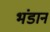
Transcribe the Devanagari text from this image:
भंडान